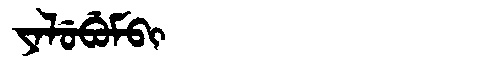
Manchu: ᠶᠠᠯᡠᠪᡠᠮᠪᡳ
Romanization: YALUBUMBI